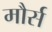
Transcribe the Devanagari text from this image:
मौर्स